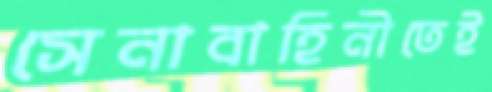
সেনাবাহিনীতেই